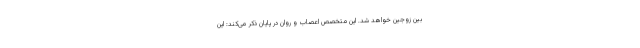
بین زوجین خواهد شد. این متخصص اعصاب و روان در پایان ذکر می‌کند: این